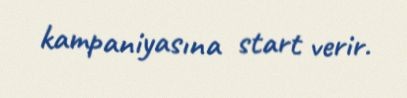
kampaniyasına start verir.